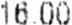
16.00